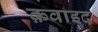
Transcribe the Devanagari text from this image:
क़वाइद